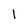
Character: 1